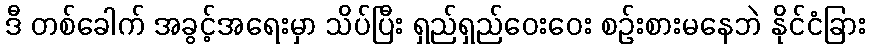
ဒီ တစ်ခေါက် အခွင့်အရေးမှာ သိပ်ပြီး ရှည်ရှည်ဝေးဝေး စဉ်းစားမနေဘဲ နိုင်ငံခြား